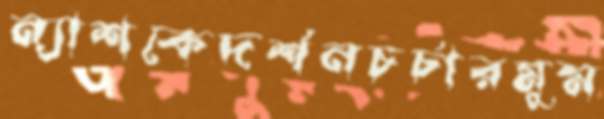
ন্যাশকেদর্শনচর্চারমুম